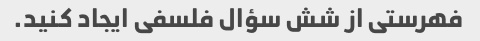
فهرستی از شش سؤال فلسفی ایجاد کنید.